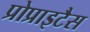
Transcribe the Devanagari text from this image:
प्रोप्राइटैस